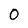
Character: 0